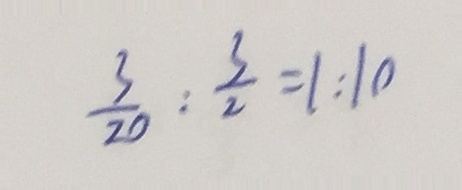
\frac { 3 } { 2 0 } : \frac { 3 } { 2 0 } = 1 : 1 0